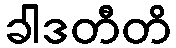
ခါဒတီတိ